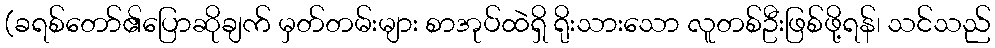
(ခရစ်တော်၏ပြောဆိုချက် မှတ်တမ်းများ စာအုပ်ထဲရှိ ရိုးသားသော လူတစ်ဦးဖြစ်ဖို့ရန်၊ သင်သည်